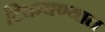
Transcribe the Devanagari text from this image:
टिकवण्यात